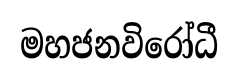
මහජනවිරෝධී